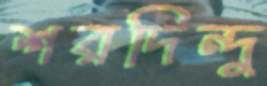
শরদিন্দু